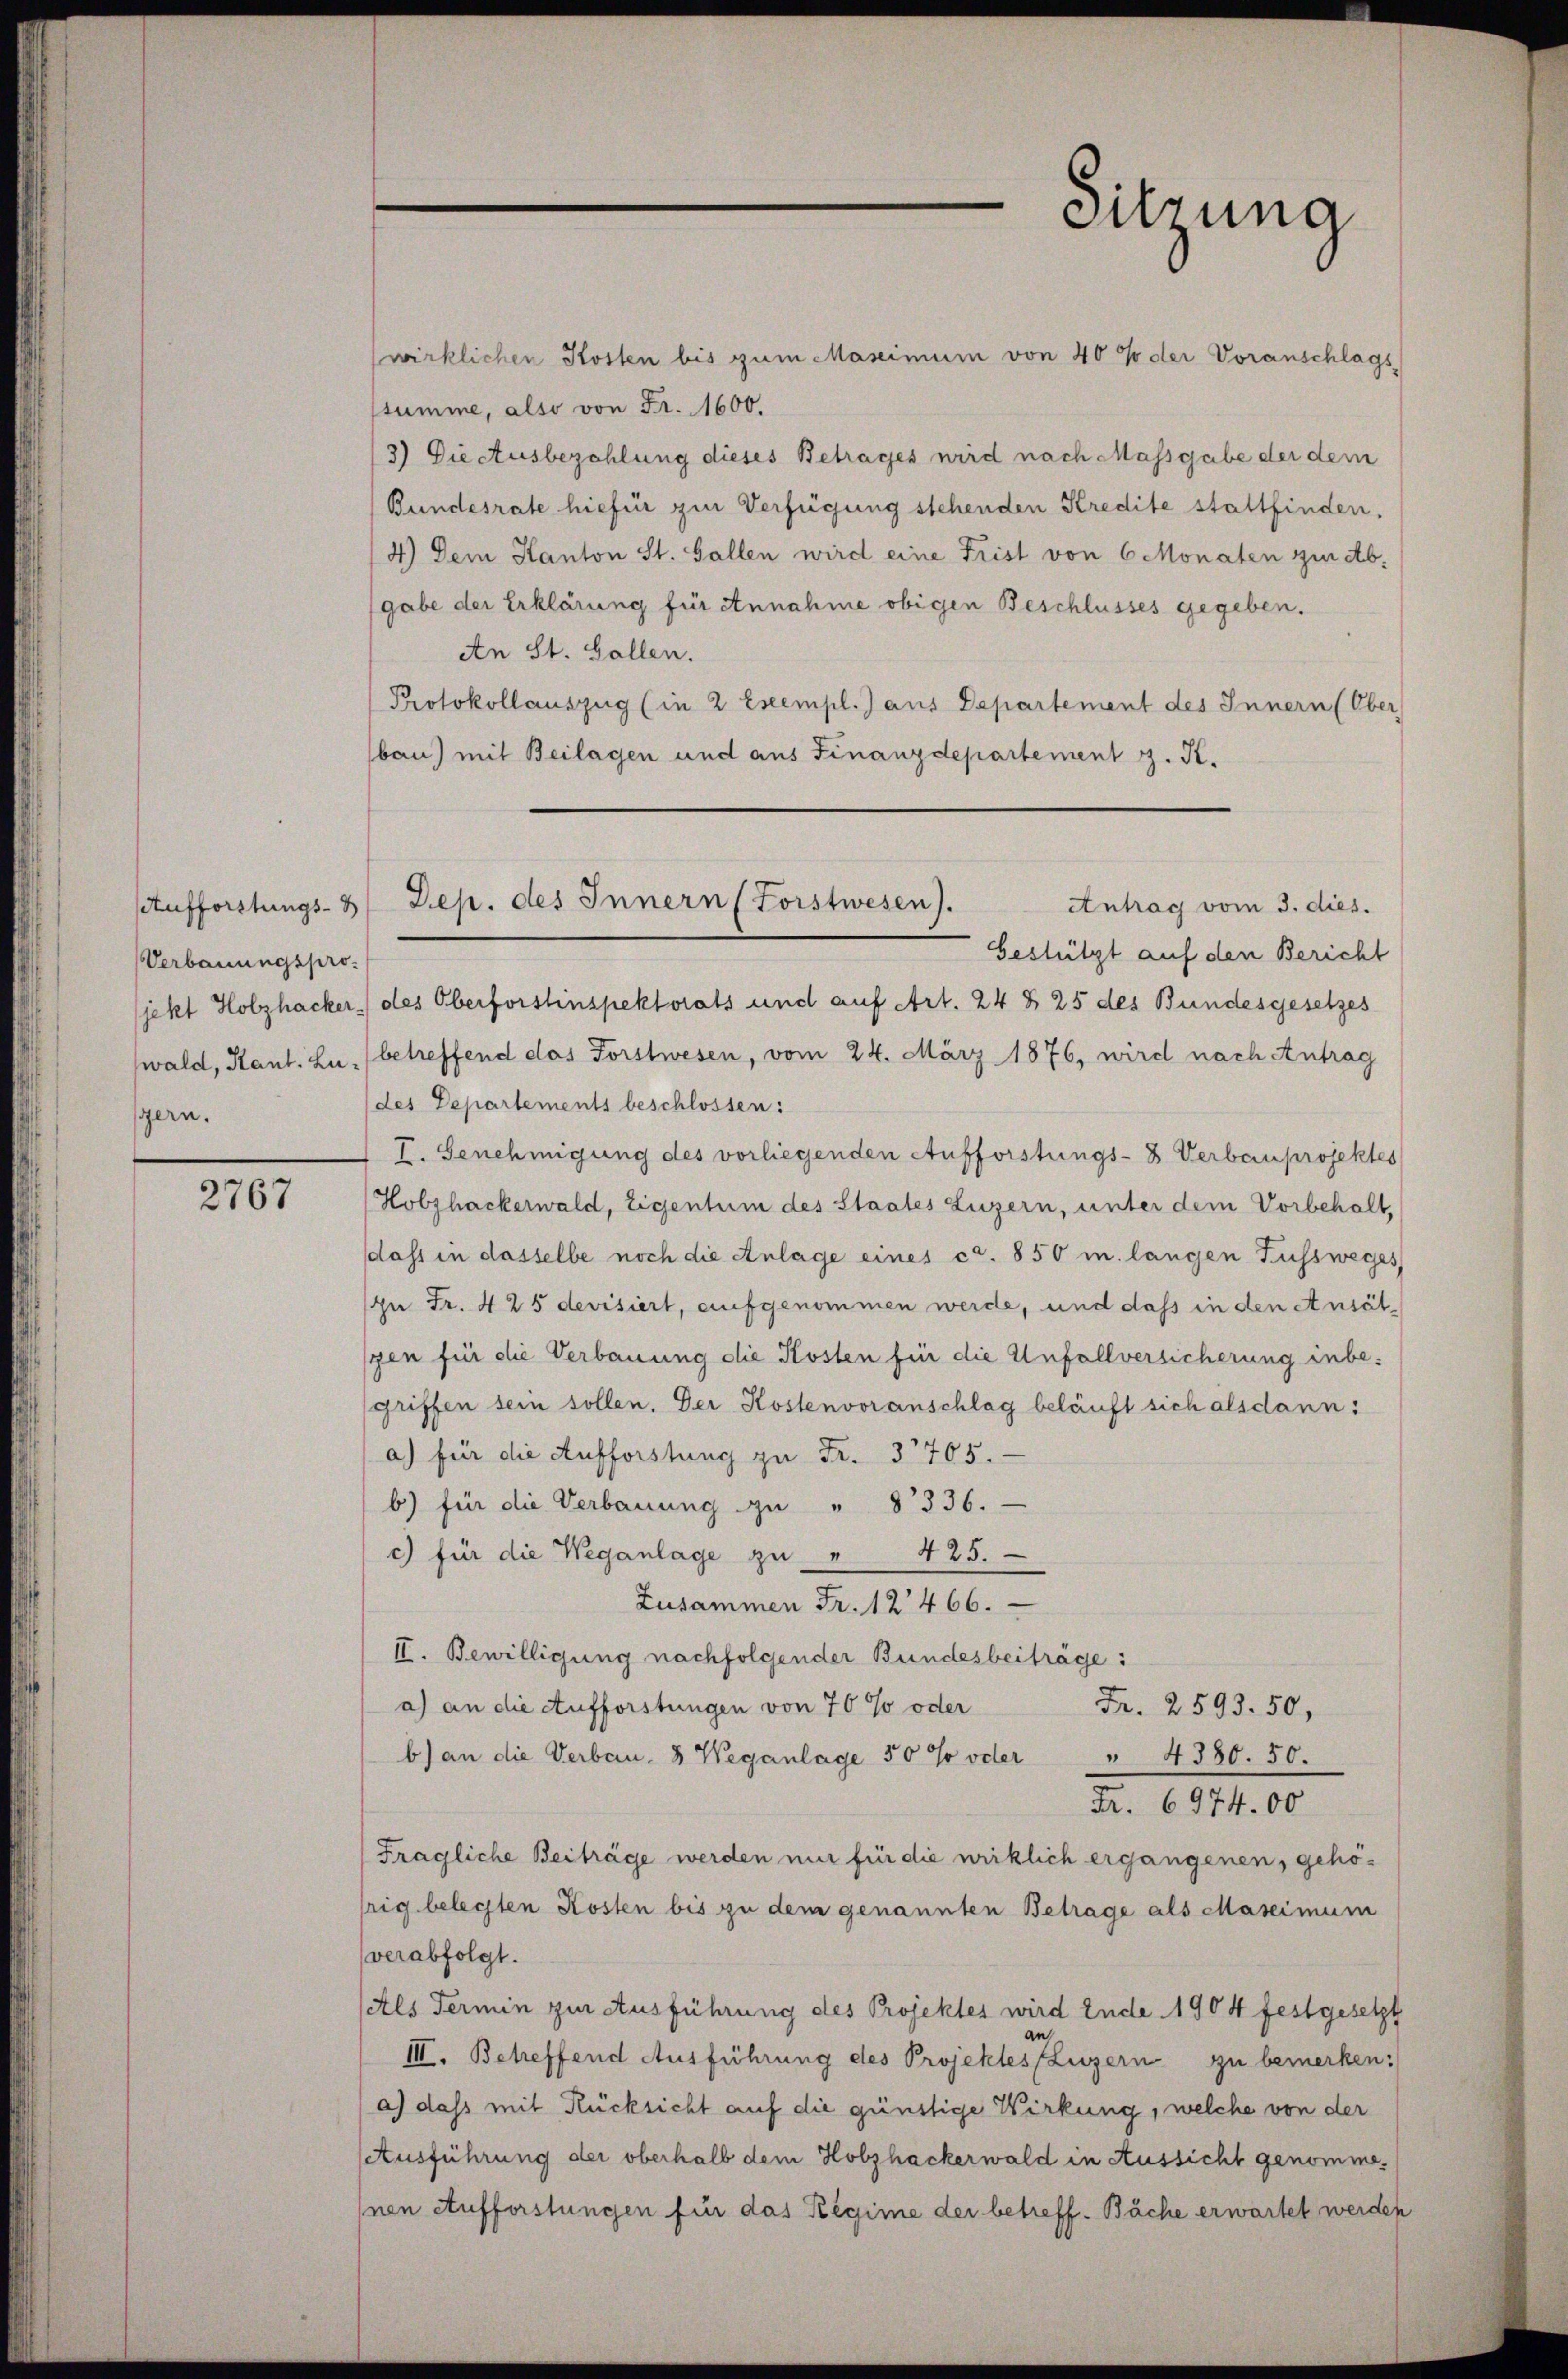
Aufforstungs-
Verbauungsprojekt Holzhacker
wald, Kant. Lugern.

2767

wirklichen Kosten bis zum Maseimum von 40 % der Voranschlags-
summe, also von Fr. 1600.
3) Die Ausbezahlung dieses Betrages wird nach Massgabe der dem
Bundesrate hiefür zur Verfügung stehenden Kredite stattfinden.
4) Dem Kanton St. Gallen wird eine Frist von 6 Monaten zur Ab-
gabe der Erklärung für Annahme obigen Beschlusses gegeben.
An St. Gallen.
Protokollauszug (in 2 Exempl. Jans Departement des Innern (Ober
bau) mit Beilagen und aus Finanzdepartement z. K.
Gestützt auf den Bericht
des Oberforstinspektorats und auf Art. 24 § 25 des Bundesgesetzes
betreffend das Forstwesen, vom 24. März 1876, wird nach Antrag
des Departements beschlossen:
I. Genehmigung des vorliegenden Aufforstungs- & Verbauprojektes
Hobzhackerwald, Eigentum des Staates Luzern, unter dem Vorbehalt,
dass in dasselbe noch die Anlage eines ca. 850 m langen Fussweges
In Fr. 425 devisiert, aufgenommen werde, und dass in den Ansätpen für die Verbauung die Kosten für die Unfallversicherung inbegriffen sein sollen. Der Kostenvoranschlag beläuft sich alsdann:
a) für die Aufforstung zu Fr. 3705.
b) für die Verbauung zu " 8336.
c) für die Weganlage zu " 425.
Zusammen Fr. 12466.
II. Bewilligung nachfolgender Bundesbeiträge:
a) an die Aufforstungen von 70 % oder
Fr. 2593. 50,
b) an die Verbau- & Weganlage 50 % oder " 4380. 50.
Fr. 6974.00
Fragliche Beiträge werden mir für die wirklich ergangenen, gehö-
rig belegten Kosten bis zu dem genannten Betrage als Maseimum
verabfolgt.
Als Termin zur Ausführung des Projektes wird Ende 1904 festgesetzt
III. Betreffend Ausführung des Projektes Luzern zu bemerken:
a) dass mit Rücksicht auf die günstige Wirkung, welche von der
Ausführung der oberhalb dem Holzhackerwald in Aussicht genommenen Aufforstungen für das Regime der betreff. Bäche erwartet werden

Dep. des Innern (Forstwesen).
Antrag vom 3. dies.

Sitzung